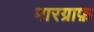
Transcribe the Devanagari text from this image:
मारग्राफ़